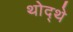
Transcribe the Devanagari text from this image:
थोद्थे